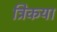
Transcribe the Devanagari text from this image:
त्रिकया